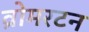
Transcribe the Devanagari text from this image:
व्रोमरटन